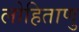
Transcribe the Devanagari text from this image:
लोहिताणु